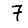
Digit: 7